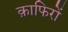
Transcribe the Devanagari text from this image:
क़ाफिरों